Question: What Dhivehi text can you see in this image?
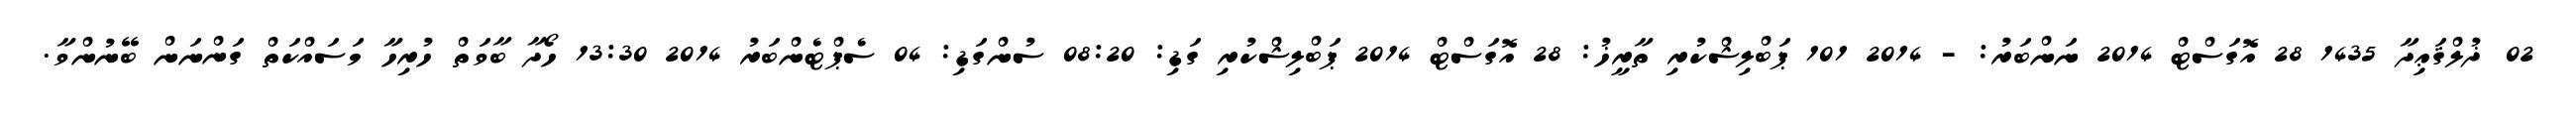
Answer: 02 ޛުލްޤަޢިދާ 1435 28 އޮގަސްޓް 2014 ނަންބަރު: - 2014 101 ޕަބްލިޝްކުރި ތާރީޚު: 28 އޮގަސްޓް 2014 ޕަބްލިޝްކުރި ގަޑި: 08:20 ސުންގަޑި: 04 ސެޕްޓެންބަރު 2014 13:30 ހޯދާ ބާވަތް ހުރިހާ މަސައްކަތް ގަންނަން ބޭނުންވާ.